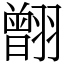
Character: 䎖